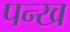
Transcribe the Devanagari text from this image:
पन्ख